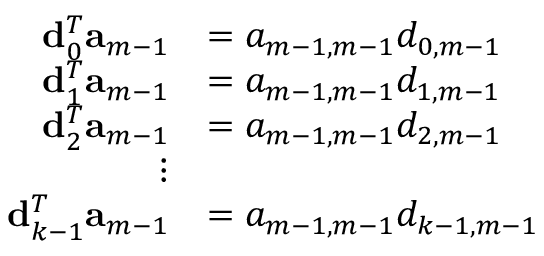
\begin{array} { r l } { { \bf d } _ { 0 } ^ { T } { \bf a } _ { m - 1 } } & { = a _ { m - 1 , m - 1 } d _ { 0 , m - 1 } } \\ { { \bf d } _ { 1 } ^ { T } { \bf a } _ { m - 1 } } & { = a _ { m - 1 , m - 1 } d _ { 1 , m - 1 } } \\ { { \bf d } _ { 2 } ^ { T } { \bf a } _ { m - 1 } } & { = a _ { m - 1 , m - 1 } d _ { 2 , m - 1 } } \\ { \vdots } \\ { { \bf d } _ { k - 1 } ^ { T } { \bf a } _ { m - 1 } } & { = a _ { m - 1 , m - 1 } d _ { k - 1 , m - 1 } } \end{array}